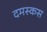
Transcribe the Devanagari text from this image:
दमस्कस